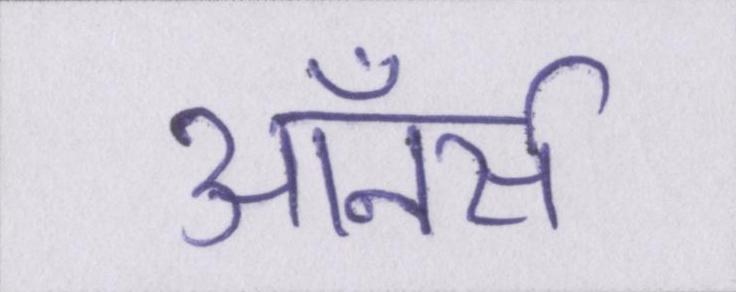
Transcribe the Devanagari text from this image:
ऑनर्स